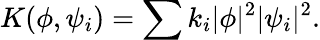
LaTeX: K(\phi,\psi_{i})=\sum k_{i}|\phi|^{2}|\psi_{i}|^{2}.